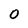
Character: 0